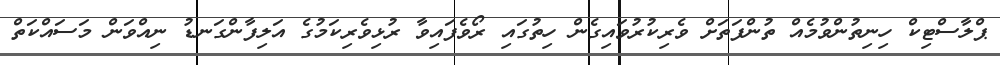
ޕްލާސްޓިކް ހިނިތުންވުމެއް ތުންފަތަށް ވެރިކުރުވައިގެން ހިތުގައި ރޯވެފައިވާ ރުޅިވެރިކަމުގެ އަލިފާންގަނޑު ނިއްވަން މަސައްކަތް